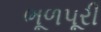
ભૂળપૂરી